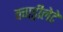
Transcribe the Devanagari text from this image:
क्वाड्रीलेटे